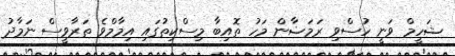
ޝަހީމް ވަނީ ހުސްވި ރަމަޟާން މަހު ތޮއިބާ މިސްކިތުގައި އިމާމްވެ ތަރާވީސް ނަމާދު